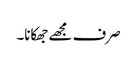
صرف مجھے جھکانا۔